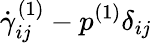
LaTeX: \dot{\gamma}_{ij}^{(1)}-p^{(1)}\delta_{ij}